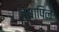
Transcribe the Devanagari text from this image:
व्यापिले